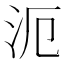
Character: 𣲣